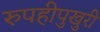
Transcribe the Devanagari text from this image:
रुपहीपुखुरी